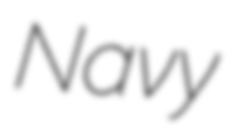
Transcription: Navy